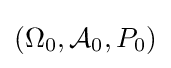
(\Omega _{0},{\mathcal {A}}_{0},P_{0})